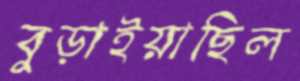
বুড়াইয়াছিল